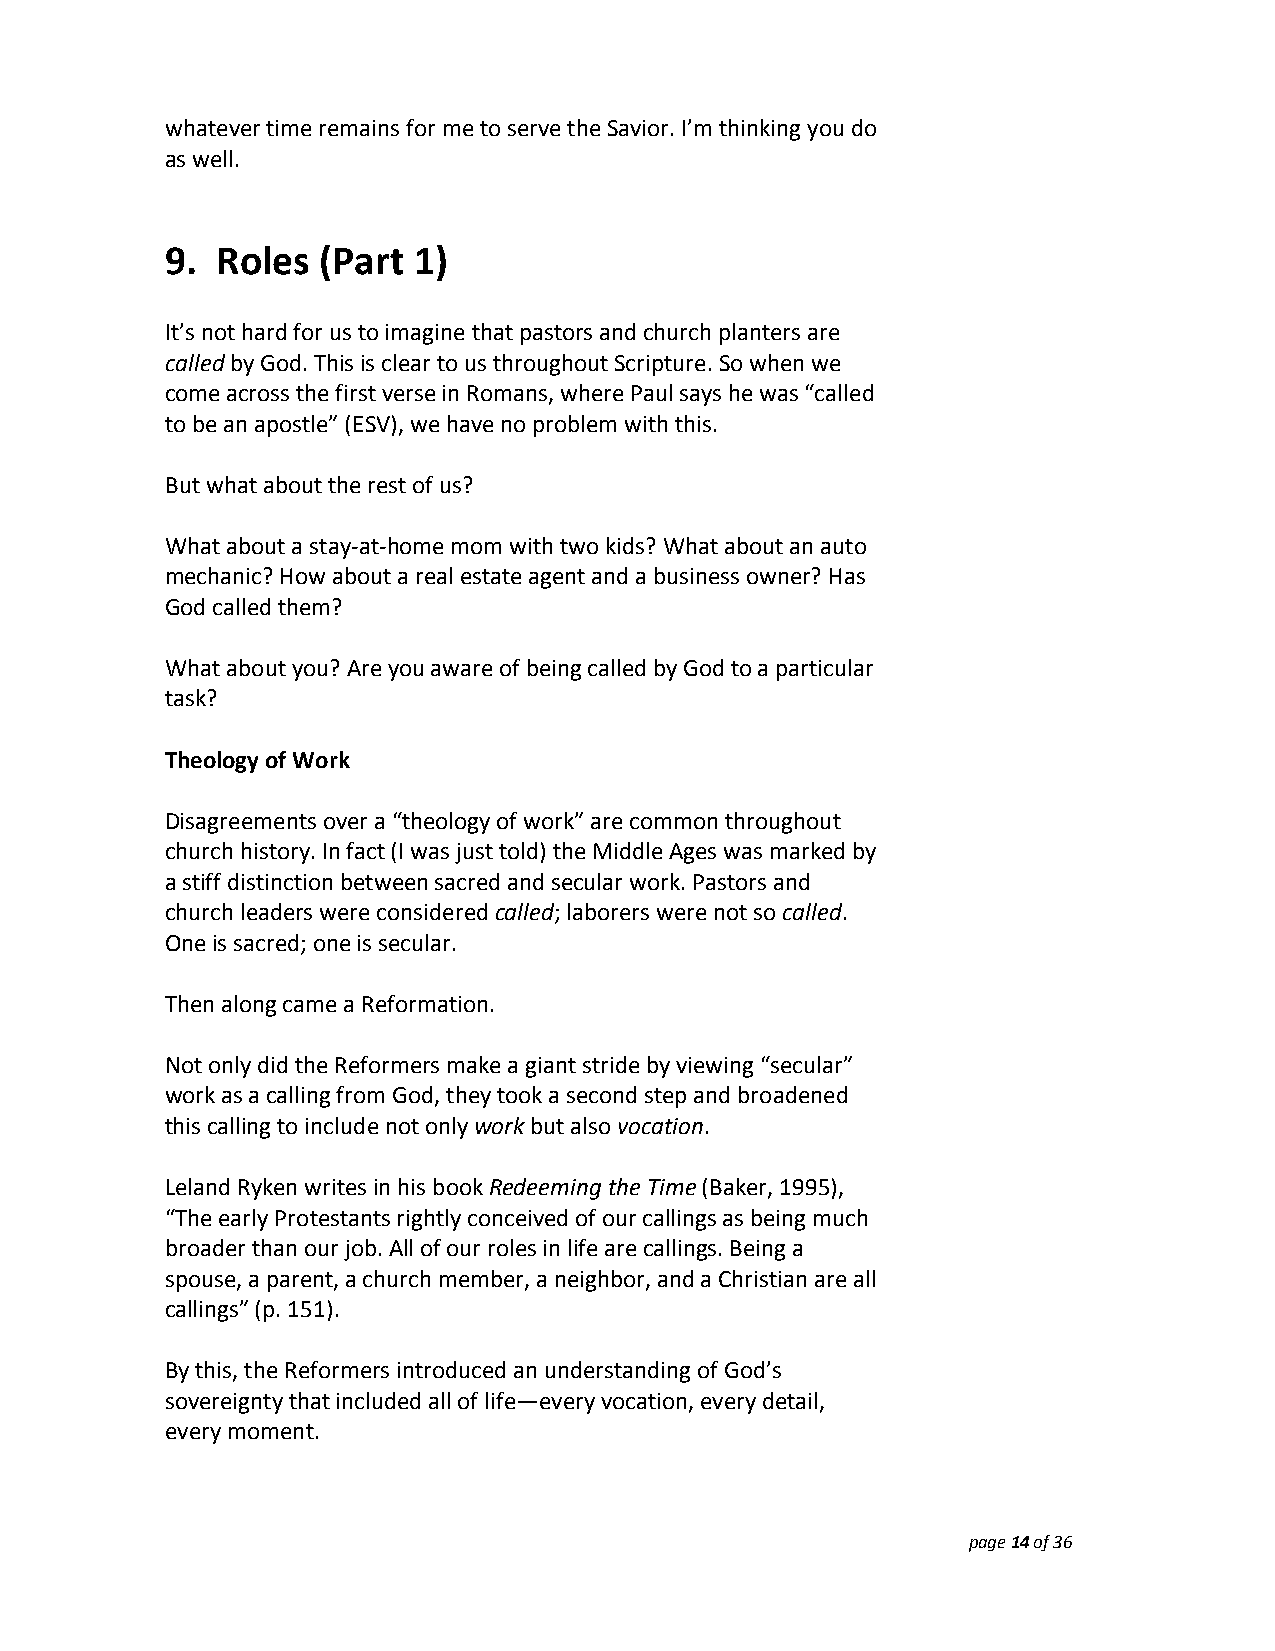
whatever time remains for me to serve the Savior. I’m thinking you do
 as well.
 9. Roles  (Part 1)
 It’s not hard for us to imagine that pastors and church planters are
 called by God. This is clear to us throughout Scripture. So when we
 come across the first verse in Romans, where Paul says he was “called
 to be an apostle” (ESV), we have no problem with this.
 But what about the rest of us?
 What about a stay‐at‐home mom with two kids? What about an auto
 mechanic? How about a real estate agent and a business owner? Has
 God called them?
 What about you? Are you aware of being called by God to a particular
 task?
 Theology of Work
 Disagreements over a “theology of work” are common throughout
 church history. In fact (I was just told) the Middle Ages was marked by
 a stiff distinction between sacred and secular work. Pastors and
 church leaders were considered called; laborers were not so called.
 One is sacred; one is secular.
 Then along came a Reformation.
 Not only did the Reformers make a giant stride by viewing “secular”
 work as a calling from God, they took a second step and broadened
 this calling to include not only work but also vocation.
 Leland Ryken writes in his book Redeeming the Time (Baker, 1995),
 “The early Protestants rightly conceived of our callings as being much
 broader than our job. All of our roles in life are callings. Being a
 spouse, a parent, a church member, a neighbor, and a Christian are all
 callings” (p. 151).
 By this, the Reformers introduced an understanding of God’s
 sovereignty that included all of life—every vocation, every detail,
 every moment.
 page 14 of 36